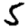
Digit: 5